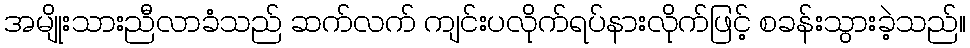
အမျိုးသားညီလာခံသည် ဆက်လက် ကျင်းပလိုက်ရပ်နားလိုက်ဖြင့် စခန်းသွားခဲ့သည်။